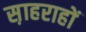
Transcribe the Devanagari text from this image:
स़ाहराहों